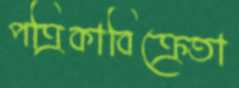
পত্রিকাবিক্রেতা